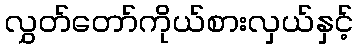
လွှတ်တော်ကိုယ်စားလှယ်နှင့်